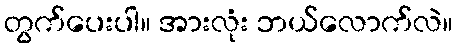
တွက်ပေးပါ။ အားလုံး ဘယ်လောက်လဲ။